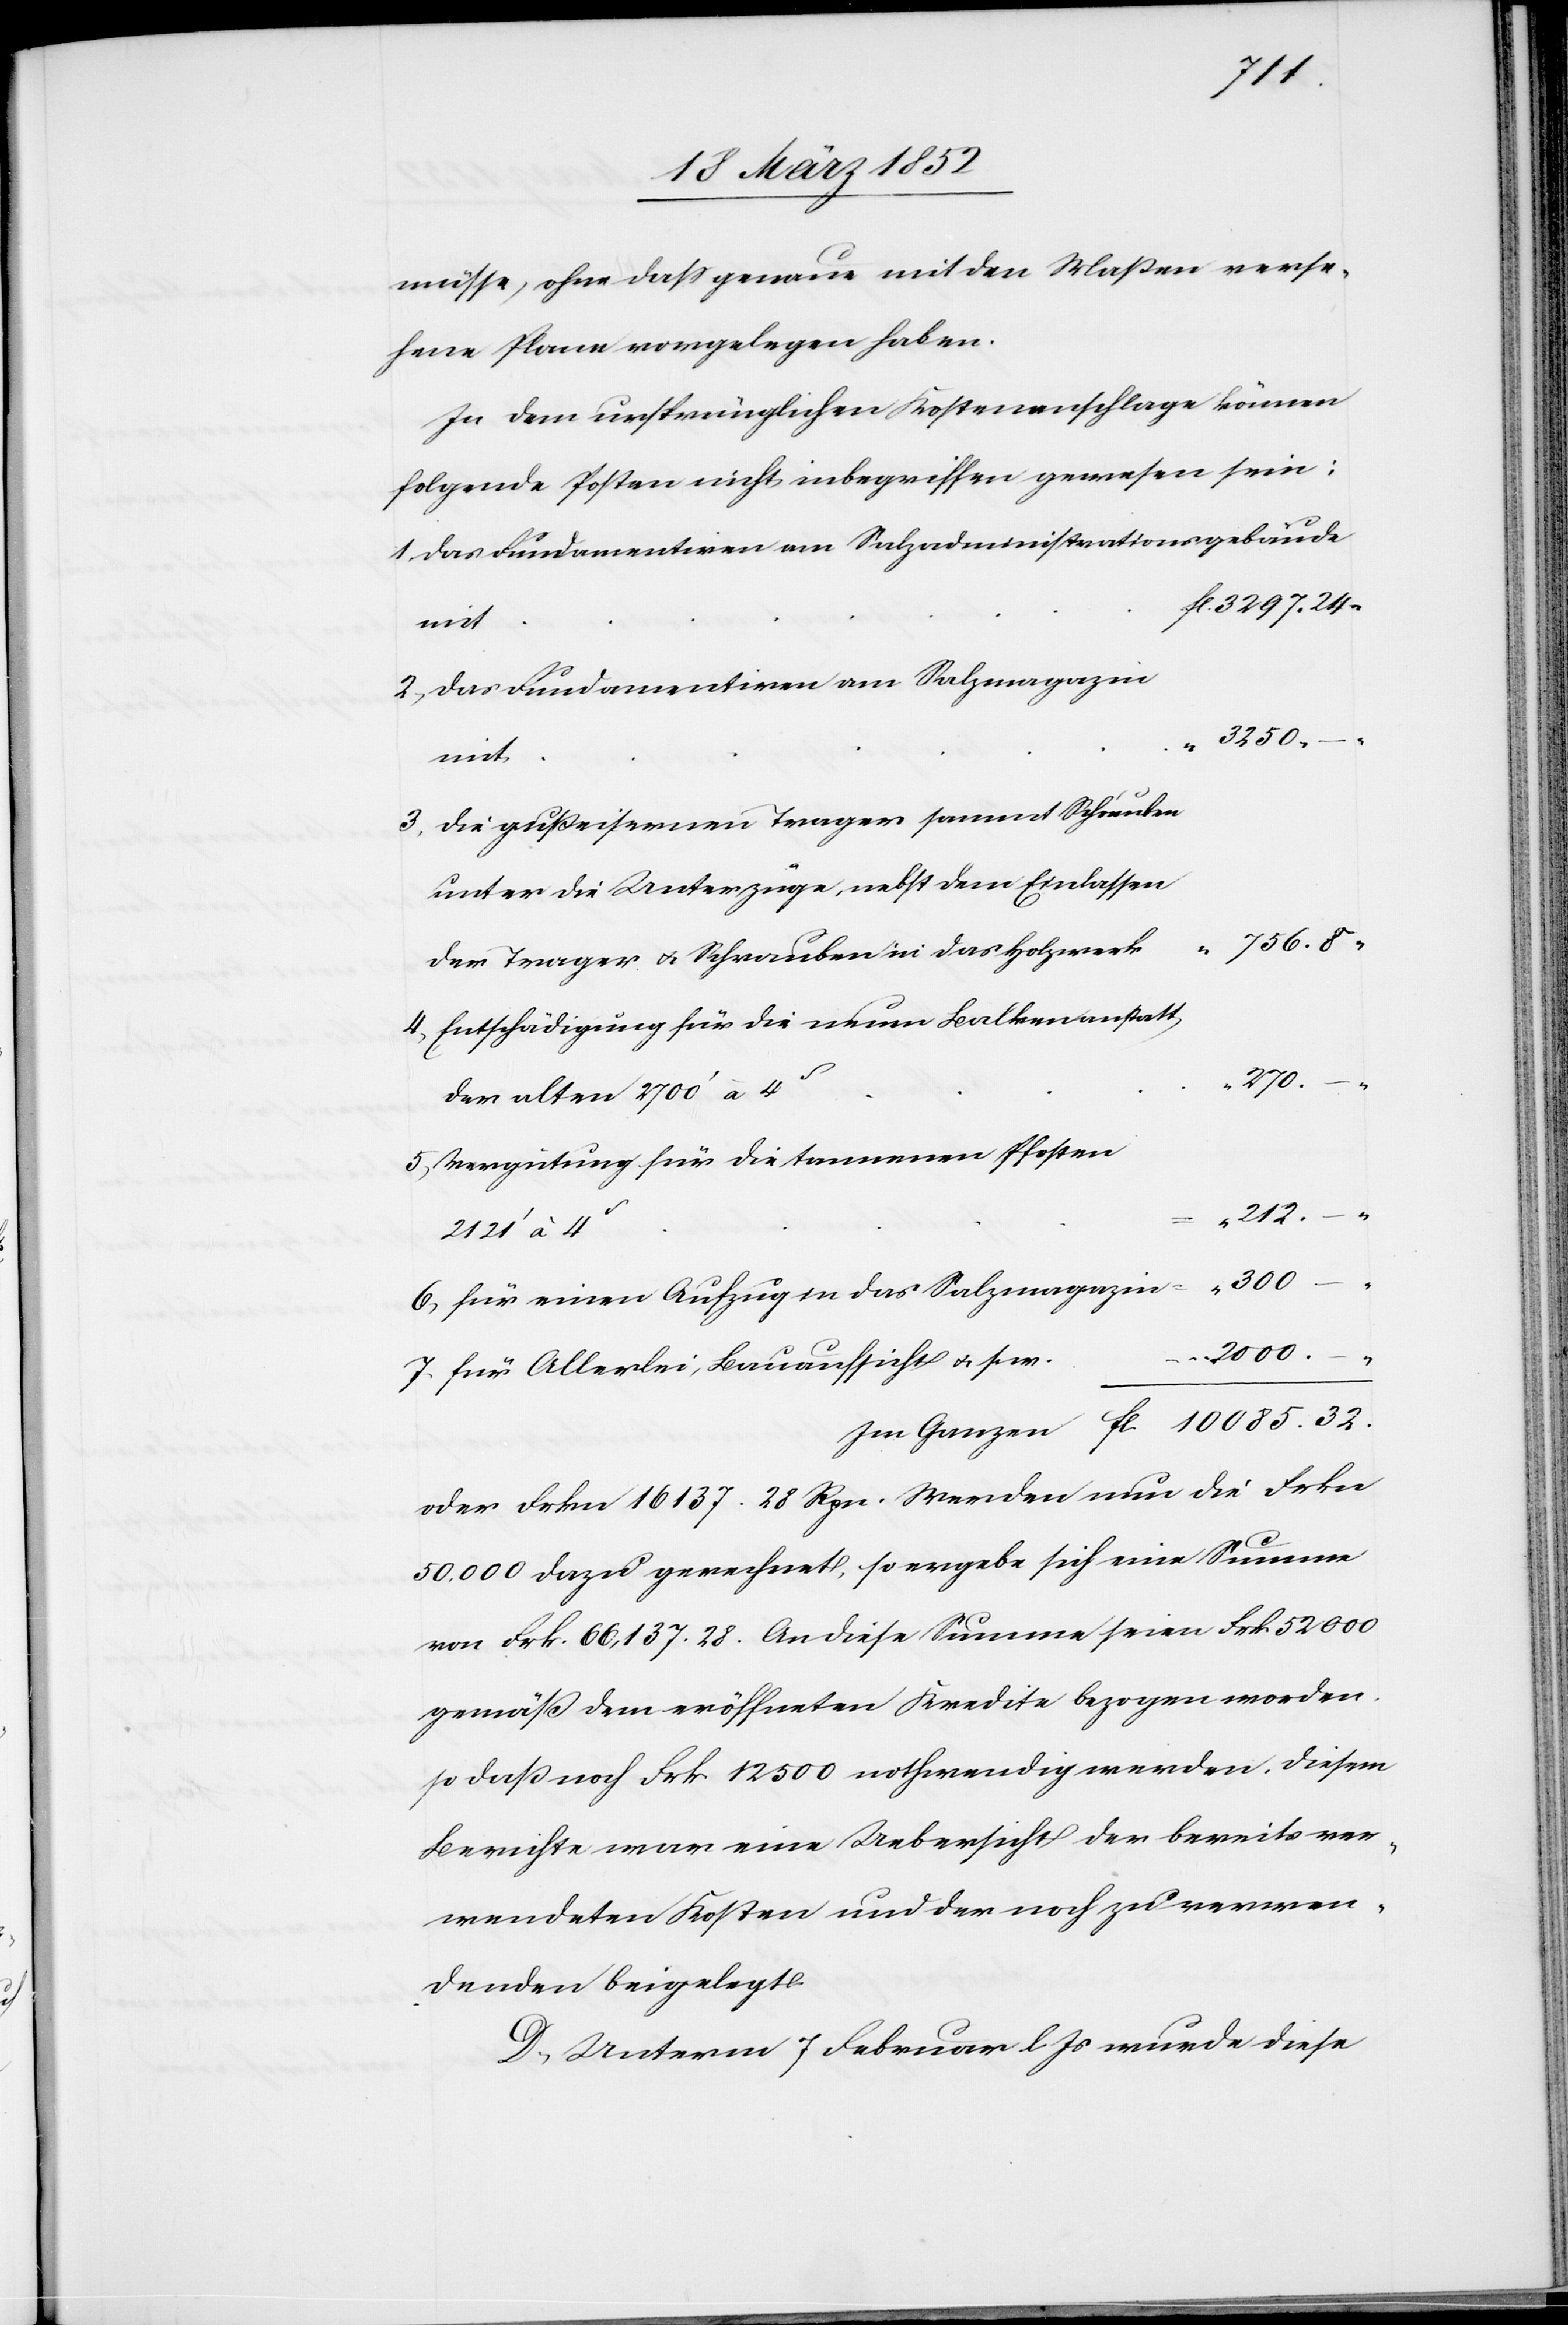
10
müsse, ohne daß genau mit den Maßen verse¬
hene Plane vorgelegen haben.
In dem ursprünglichen Kostenanschlage können
folgende Posten nicht inbegriffen gewesen sein:
Das Fundamentiren am Salzadministrationsgebäude
fl. 3297. 24.
Das Fundamentiren am Salzmagazin
Die gußeisernen Trager sammt Schrauben
unter die Unterzüge, nebst dem Einlassen
756. 8.
der Trager u. Schrauben in das Holzwerk
Entschädigung für die neuen Balken anstatt
“ 270.
der alten 2700‘ à 4s
Vergütung für die tannernen Pfosten
–.
32.
für einen Aufzug in das Salzmagazin
2000.
–.
für Allerlei, Bauaufsicht u. s. w.
oder Frkn 16 137. 28 Rpn. Werden nun die Frkn
50,000 dazu gerechnet, so ergebe sich eine Summe
von Frk. 66,137. 28. An diese Summe seien Frk. 52 000
gemäß dem eröffneten Kredite bezogen worden,
so daß noch Frk. 12 500 nothwendig werden. Diesem
Berichte war eine Uebersicht der bereits ver¬
wendeten Kosten und der noch zu verwen¬
denden beigelegt.
D. Unterm 7 Februar l Js wurde diese